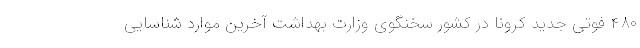
۴۸۰ فوتی جدید کرونا در کشور سخنگوی وزارت بهداشت آخرین موارد شناسایی